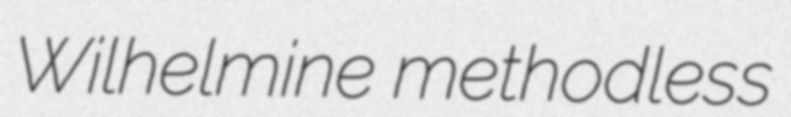
Wilhelmine methodless